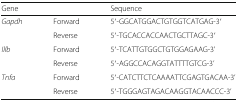
| Gene |  | Sequence |
 | --- | --- | --- |
 | <ROWSPAN=2> Gapdh | Forward | 5′-GGCATGGACTGTGGTCATGAG-3′ |
 | Reverse | 5′-TGCACCACCAACTGCTTAGC-3′ |
 | <ROWSPAN=2> Illb | Forward | 5′-TCATTGTGGCTGTGGAGAAG-3’ |
 | Reverse | 5′-AGGCCACAGGTATTTTGTCG-3’ |
 | <ROWSPAN=2> Tnfa | Forward | 5′-CATCTTCTCAAAATTCGAGTGACAA-3’ |
 | Reverse | 5′-TGGGAGTAGACAAGGTACAACCC-3’ |